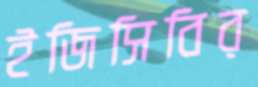
ইজিসিবির